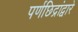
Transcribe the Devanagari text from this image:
पर्णछिद्रांद्वारे